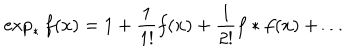
\exp _ { * } f ( x ) = 1 + \frac { 1 } { 1 ! } f ( x ) + \frac { 1 } { 2 ! } f * f ( x ) + \dots